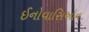
ઈનોવાસિઓન